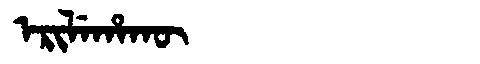
Manchu: ᡝᡵᡳᠯᡝᡥᠠᡴᡡ
Romanization: ERILEHAKŪ